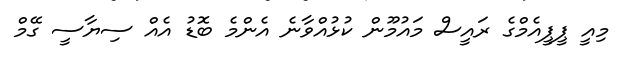
މިއީ ޕީޕީއެމްގެ ރައީސް މައުމޫން ކުޅުއްވާނެ އެންމެ ބޮޑު އެއް ސިޔާސީ ގޭމް